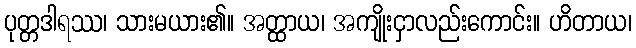
ပုတ္တဒါရဿ၊ သားမယား၏။ အတ္ထာယ၊ အကျိုးငှာလည်းကောင်း။ ဟိတာယ၊